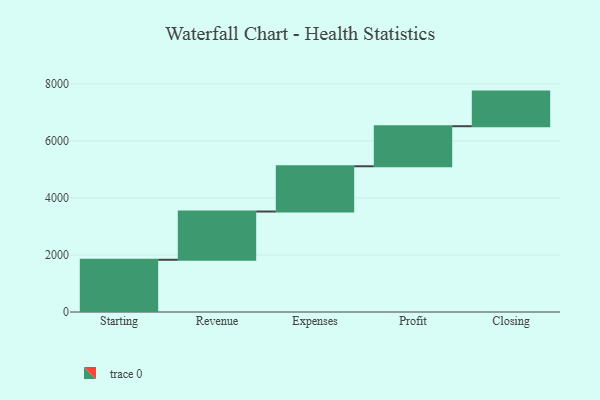
{"axis": {"x": "Step", "y": "Value"}, "legend": [""], "data": [{"x": "Starting", "y": 1832.0, "type": ""}, {"x": "Revenue", "y": 1692.0, "type": ""}, {"x": "Expenses", "y": 1587.0, "type": ""}, {"x": "Profit", "y": 1405.0, "type": ""}, {"x": "Closing", "y": 1214.0, "type": ""}]}